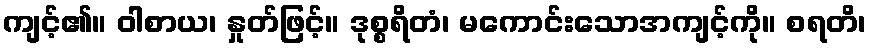
ကျင့်၏။ ဝါစာယ၊ နှုတ်ဖြင့်။ ဒုစ္စရိတံ၊ မကောင်းသောအကျင့်ကို။ စရတိ၊